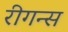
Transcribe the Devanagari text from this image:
रीगन्स